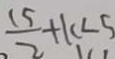
\frac { 1 5 } { 2 } + k < 5